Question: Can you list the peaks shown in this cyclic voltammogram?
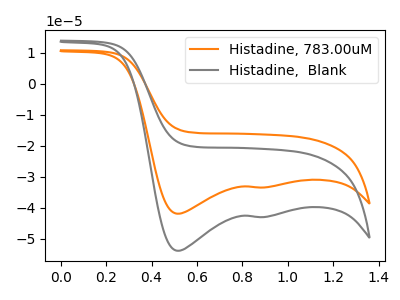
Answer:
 <answer>The orange curve "Histadine, 783.00uM" has cathodic peaks at (0.50V, -41.85uA) (0.90V, -33.40uA). The gray curve "Histadine,  Blank" has cathodic peaks at (0.50V, -53.80uA) (0.90V, -42.90uA).</answer>
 <eval></eval>